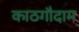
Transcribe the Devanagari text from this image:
काठगौदाम